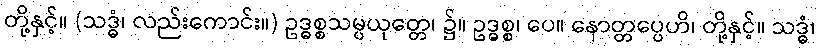
တို့နှင့်။ (သဒ္ဓံ၊ လည်းကောင်း။) ဥဒ္ဓစ္စသမ္ပယုတ္တေ၊ ၌။ ဥဒ္ဓစ္စ၊ ပေ။ နောတ္တပ္ပေဟိ၊ တို့နှင့်။ သဒ္ဓံ၊